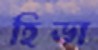
হিডা